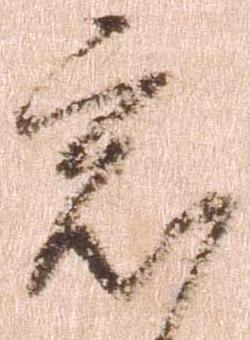
意